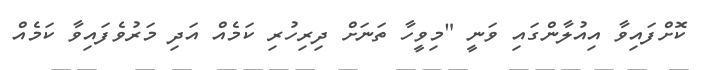
ކޮށްފައިވާ އިއުލާންގައި ވަނީ "މިވީހާ ތަނަށް ދިރިހުރި ކަމެއް އަދި މަރުވެފައިވާ ކަމެއް